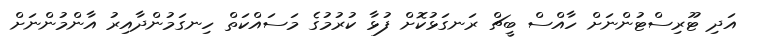
އަދި ޓޫރިސްޓުންނަށް ހާއްސް ބީޗް ރަނގަޅުކޮށް ފުޅާ ކުރުމުގެ މަސައްކަތް ހިނގަމުންދާއިރު އާންމުންނަށް